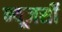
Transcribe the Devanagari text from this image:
न्‍यूजर्सी